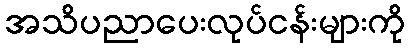
အသိပညာပေးလုပ်ငန်းများကို